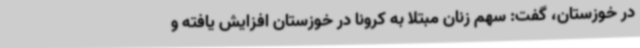
در خوزستان، گفت: سهم زنان مبتلا به کرونا در خوزستان افزایش یافته و